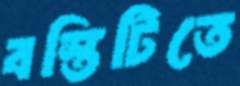
বস্তিটিতে